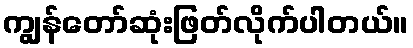
ကျွန်တော်ဆုံးဖြတ်လိုက်ပါတယ်။